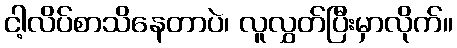
ငါ့လိပ်စာသိနေတာပဲ၊ လူလွှတ်ပြီးမှာလိုက်။